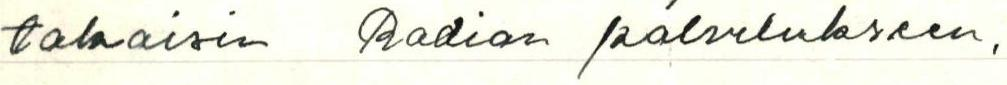
takaisin Radion palvelukseen.